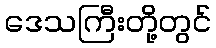
ဒေသကြီးတို့တွင်